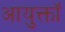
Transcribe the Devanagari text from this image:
आयुक्तॉ